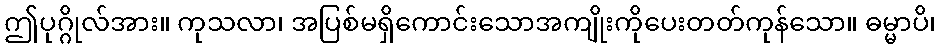
ဤပုဂ္ဂိုလ်အား။ ကုသလာ၊ အပြစ်မရှိကောင်းသောအကျိုးကိုပေးတတ်ကုန်သော။ ဓမ္မာပိ၊